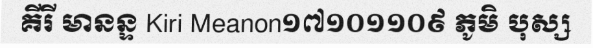
គីរី មានន្ទ Kiri Meanon១៧១០១១០៩ ភូមិ បុស្ស